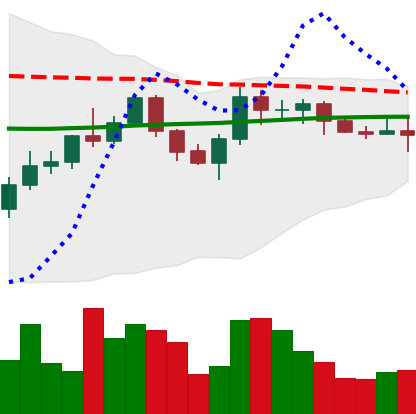
Ticker: XMR-USD
Chart end date: 2022-06-07
Forward return: -15.209%
Label: down_7plus